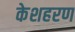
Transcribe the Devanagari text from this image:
केशहरण